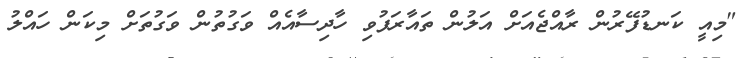
"މިއީ ކަނޑުފޭރުން ރާއްޖެއަށް އަލުން ތައާރަފުވި ހާދިސާއެއް ވަގުތުން ވަގުތަށް މިކަން ހައްލު